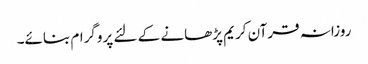
روزانہ قرآن کریم پڑھانے کے لئے پروگرام بنائے۔